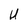
Character: U